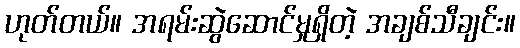
ဟုတ်တယ်။ အရမ်းဆွဲဆောင်မှုရှိတဲ့ အချစ်သီချင်း။